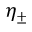
\eta _ { \pm }